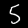
Label: 5